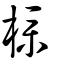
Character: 樸